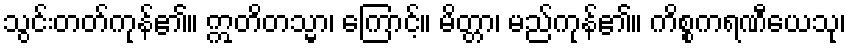
သွင်းတတ်ကုန်၏။ ဣတိတသ္မာ၊ ကြောင့်။ မိတ္တာ၊ မည်ကုန်၏။ ကိစ္စကရဏီယေသု၊